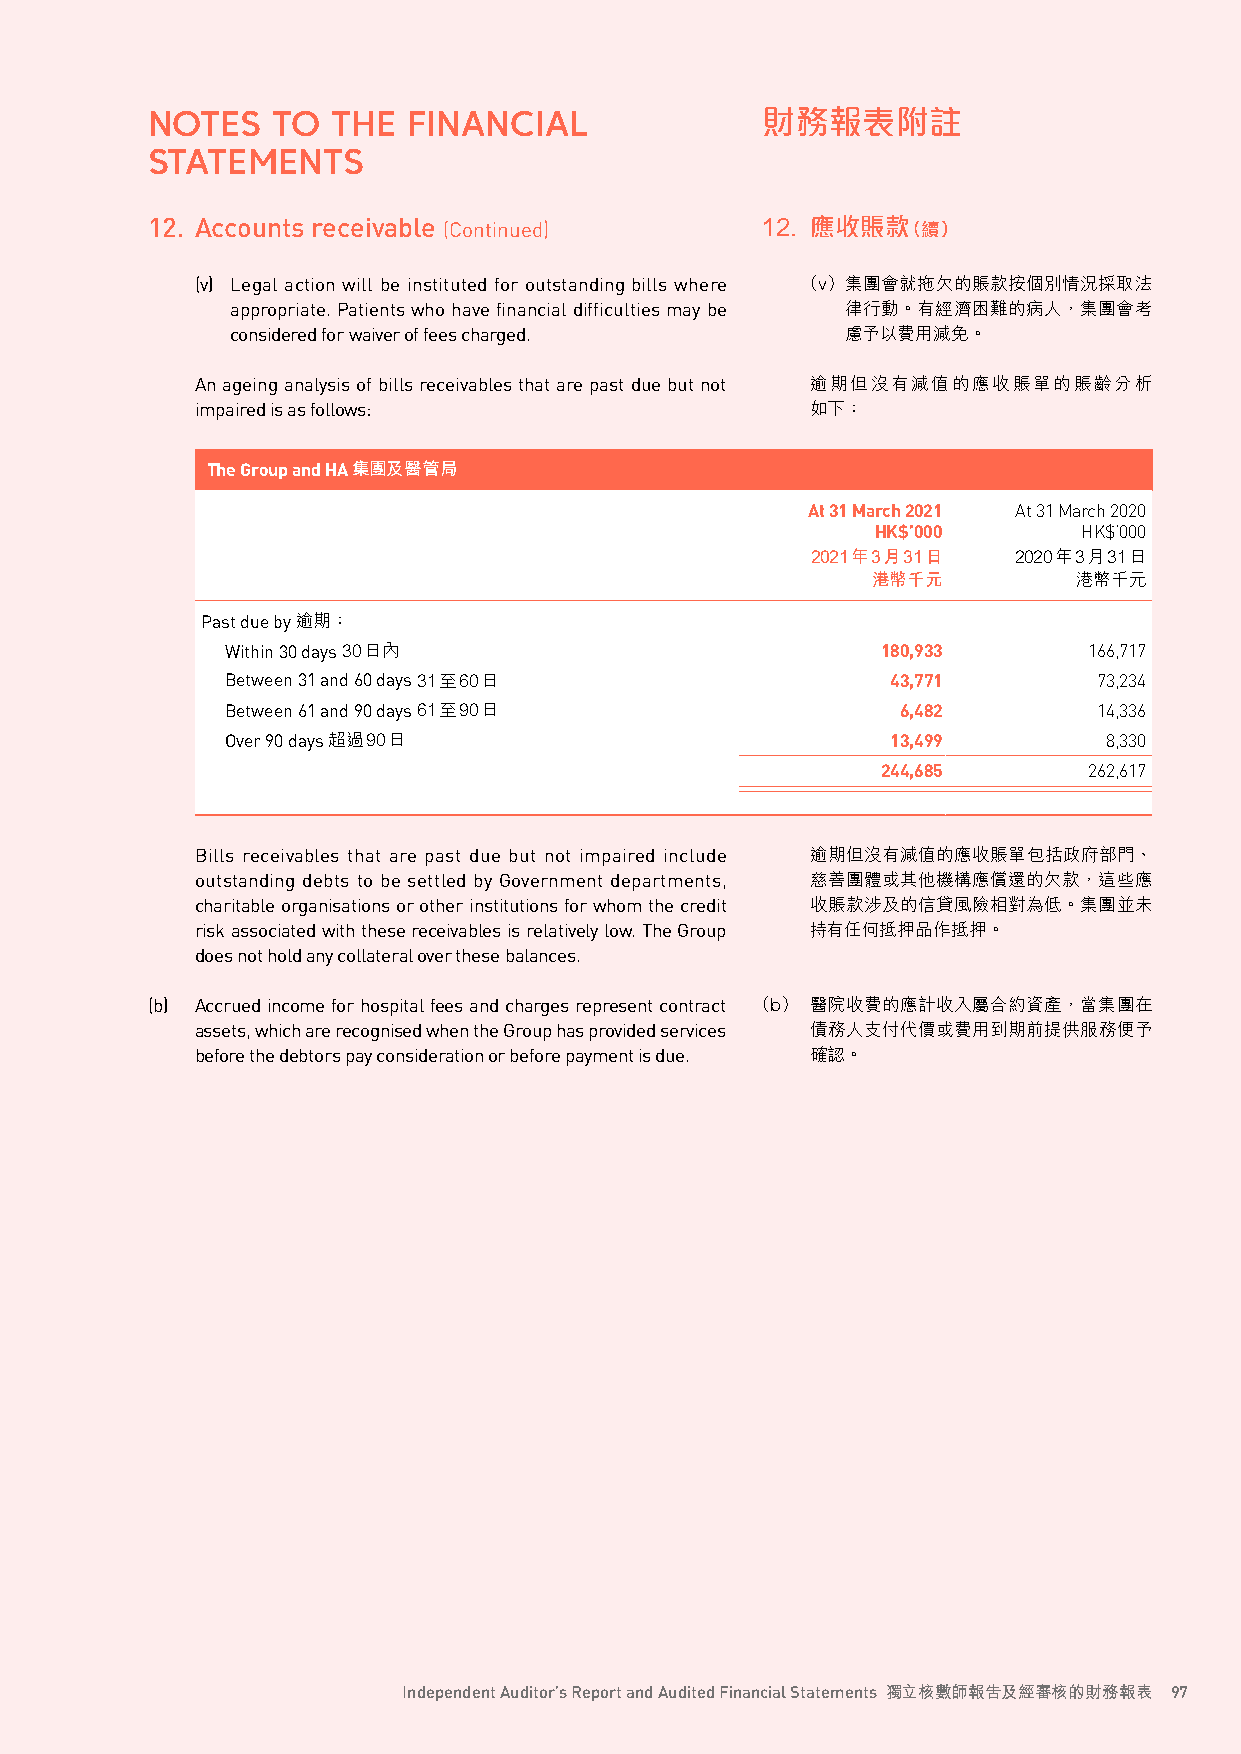
NOTES   TO  THE  FINANCIAL              財務報表附註
 STATEMENTS
 12. Accounts receivable (Continued)     12. 應收賬款（續）
 (v) Legal action will be instituted for outstanding bills where （v） 集團會就拖欠的賬款按個別情況採取法
 appropriate. Patients who have financial difficulties may be 律行動。有經濟困難的病人，集團會考
 considered for waiver of fees charged.   慮予以費用減免。
 An ageing analysis of bills receivables that are past due but not 逾期但沒有減值的應收賬單的賬齡分析
 impaired is as follows:                  如下：
 The Group and HA集團及醫管局
 At 31 March 2021 At 31 March 2020
 HK$’000       HK$’000
 2021年3月31日   2020年3月31日
 港幣千元         港幣千元
 Past due by 逾期：
 Within 30 days 30日內                        180,933       166,717
 Between 31 and 60 days 31至60日               43,771        73,234
 Between 61 and 90 days 61至90日                6,482        14,336
 Over 90 days 超過90日                          13,499        8,330
 244,685       262,617
 Bills receivables that are past due but not impaired include 逾期但沒有減值的應收賬單包括政府部門、
 outstanding debts to be settled by Government departments, 慈善團體或其他機構應償還的欠款，這些應
 charitable organisations or other institutions for whom the credit 收賬款涉及的信貸風險相對為低。集團並未
 risk associated with these receivables is relatively low. The Group 持有任何抵押品作抵押。
 does not hold any collateral over these balances.
 (b) Accrued income for hospital fees and charges represent contract （b） 醫院收費的應計收入屬合約資產，當集團在
 assets, which are recognised when the Group has provided services 債務人支付代價或費用到期前提供服務便予
 before the debtors pay consideration or before payment is due. 確認。
 Independent Auditor’s Report and Audited Financial Statements 獨立核數師報告及經審核的財務報表 97